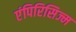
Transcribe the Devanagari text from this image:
एंपिरिसिज्म